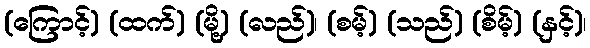
(ကြောင့်) (ထက်) (မို့) (လည်)၊ (စမ့်) (သည်) (စိမ့်) (နှင့်)၊